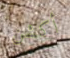
أكشن